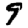
Digit: 9